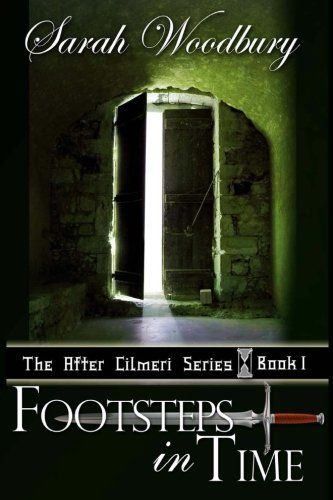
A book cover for Footsteps in Time: A Time Travel Fantasy (The After Cilmeri Series); Sarah Woodbury; Science Fiction & Fantasy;